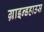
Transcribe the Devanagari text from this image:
ग्राइन्डहाउस